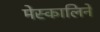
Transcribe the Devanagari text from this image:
मेस्कालिने